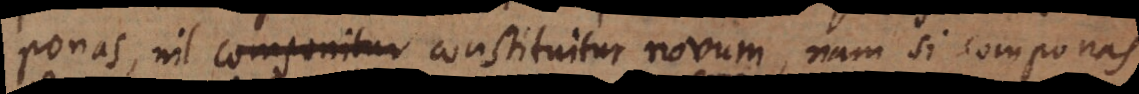
ponas, nil componitur constituitur novum, nam si componas